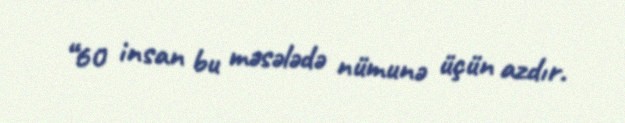
“60 insan bu məsələdə nümunə üçün azdır.